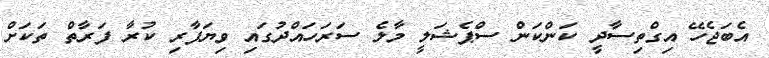
އެބަޖެހޭ އިގްތިސާދީ ކަންކަން ސްޕެޝަލީ މާލެ ސަރަހައްދުގައި ވިޔަފާރި ކުރާ ފަރާތް ތަކަށް